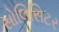
સોલિસિટર